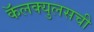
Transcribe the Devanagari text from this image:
कॅलक्युलसची